Civil Veterinary Department. Central Provinces & Berar 1925-31 - 1925-1931
Year: 1925
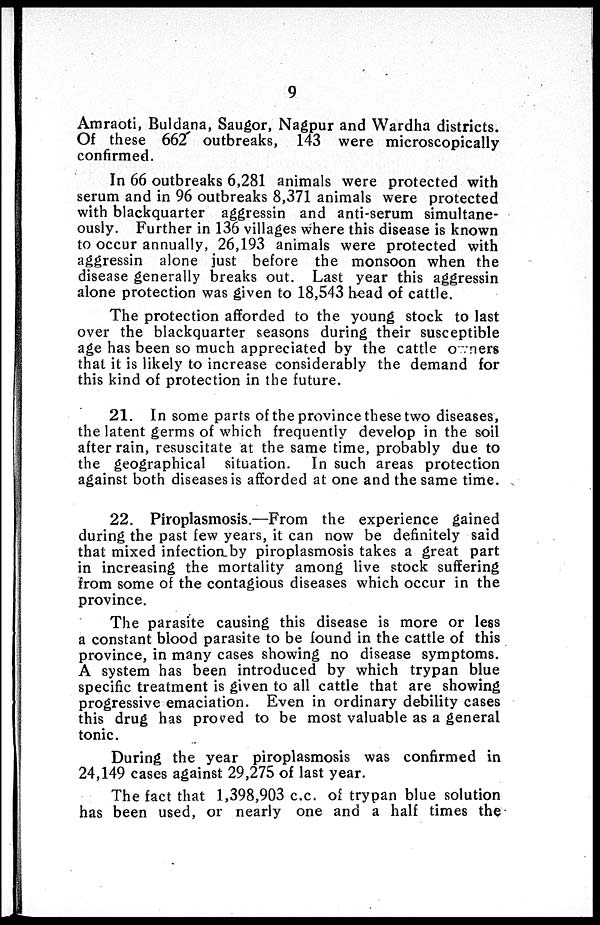
9
Amraoti, Buldana, Saugor, Nagpur and Wardha districts.
Of these 662 outbreaks, 143 were microscopically
confirmed.
In 66 outbreaks 6,281 animals were protected with
serum and in 96 outbreaks 8,371 animals were protected
with blackquarter aggressin and anti-serum simultane-
ously. Further in 136 villages where this disease is known
to occur annually, 26,193 animals were protected with
aggressin alone just before the monsoon when the
disease generally breaks out. Last year this aggressin
alone protection was given to 18,543 head of cattle.
The protection afforded to the young stock to last
over the blackquarter seasons during their susceptible
age has been so much appreciated by the cattle owners
that it is likely to increase considerably the demand for
this kind of protection in the future.
21. In some parts of the province these two diseases,
the latent germs of which frequently develop in the soil
after rain, resuscitate at the same time, probably due to
the geographical situation. In such areas protection
against both diseases is afforded at one and the same time.
22. Piroplasmosis.—From the experience gained
during the past few years, it can now be definitely said
that mixed infection by piroplasmosis takes a great part
in increasing the mortality among live stock suffering
from some of the contagious diseases which occur in the
province.
The parasite causing this disease is more or less
a constant blood parasite to be found in the cattle of this
province, in many cases showing no disease symptoms.
A system has been introduced by which trypan blue
specific treatment is given to all cattle that are showing
progressive emaciation. Even in ordinary debility cases
this drug has proved to be most valuable as a general
tonic.
During the year piroplasmosis was confirmed in
24,149 cases against 29,275 of last year.
The fact that 1,398,903 c.c. of trypan blue solution
has been used, or nearly one and a half times the